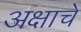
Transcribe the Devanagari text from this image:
अक्षाचे